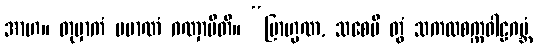
အာဟ။ တုမှာကံ ပမာဏံ ဂဏှာမီတိ။ “ဗြာဟ္မဏ, သစေပိ တွံ သကလစက္ကဝါဠဂဗ္ဘံ